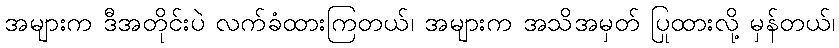
အများက ဒီအတိုင်းပဲ လက်ခံထားကြတယ်၊ အများက အသိအမှတ် ပြုထားလို့ မှန်တယ်၊